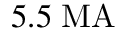
5 . 5 \; \mathrm { M A }